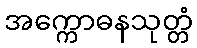
အက္ကောဓနသုတ္တံ